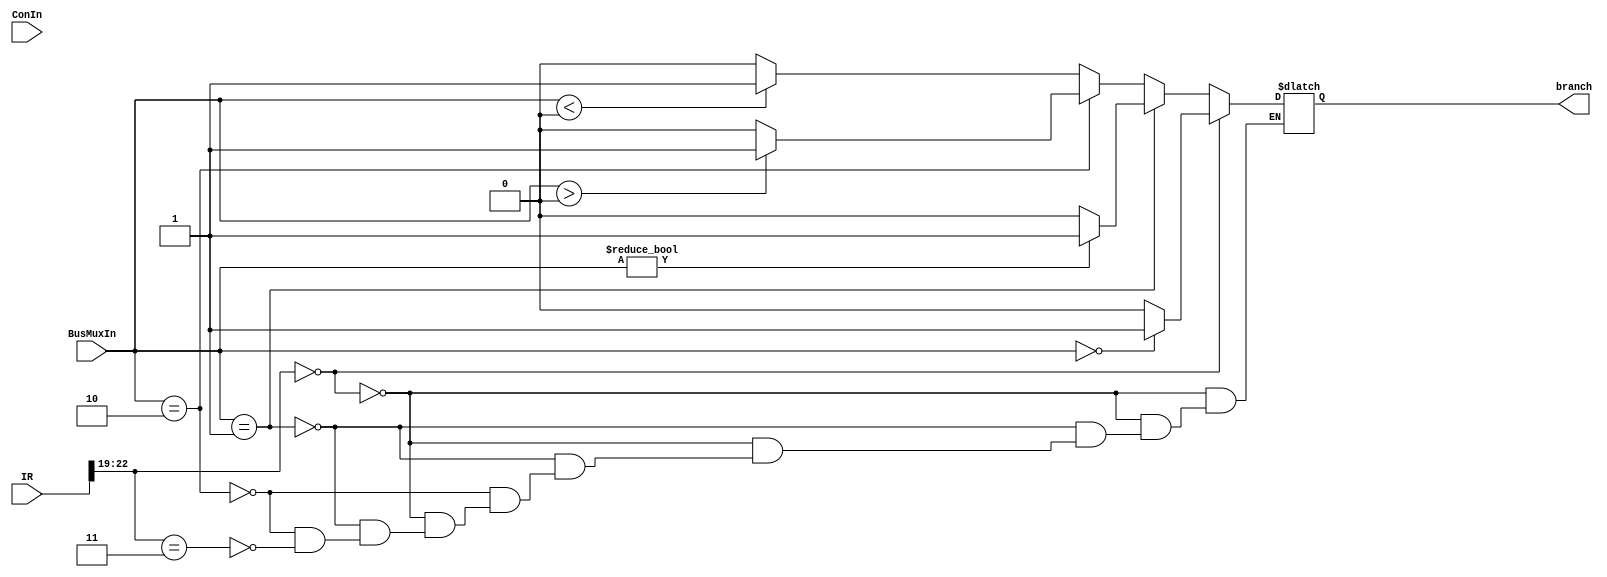
module CONFF(
input [31:0] BusMuxIn, 
input [31:0] IR, 
input ConIn, 
output branch
);


reg temp;
reg temp2;
reg [3:0] BusMuxInIR;
integer i;
always @(ConIn) begin 
	BusMuxInIR = IR[22:19];
	
	if (BusMuxInIR == 4'b0000) begin
		
		if (BusMuxIn == 0) begin
		
			temp2 = 1;
		
		end
		
		else begin
		
			temp2 = 0;
			
		end
	end
	
	else if (BusMuxIn == 4'b0001) begin
		
		if (BusMuxIn != 0) begin
		
			temp2 = 1;
		
		end
		
		else begin
		
			temp2 = 0;
			
		end
	end
	
	else if (BusMuxIn == 4'b0010) begin
		
		if (BusMuxIn > 0) begin
		
			temp2 = 1;
		
		end
		
		else begin
		
			temp2 = 0;
			
		end
	end
	
	else if (BusMuxInIR == 4'b0011) begin
		
		if (BusMuxIn < 0) begin
		
		temp2 = 1;
		
		end
		
		else begin
		
		temp2 = 0;
			
		end
	end
	
end 
	
assign branch = temp2; 


endmodule